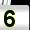
Digit: 5